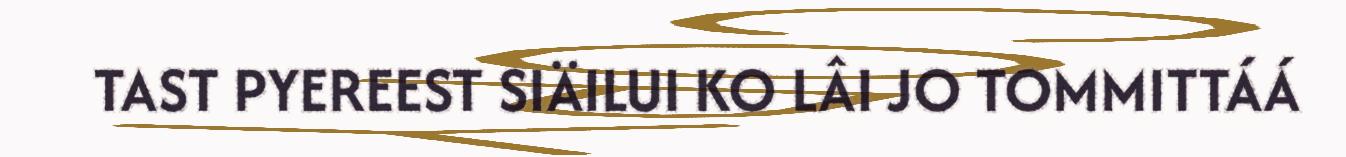
TAST PYEREEST SIÄILUI KO LÂI JO TOMMITTÁÁ